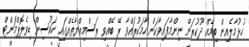
ހުޅުމާލެއިން ބިމެއް ދޫކުރަން ނިންމާފައިވާކަން ހާމަކުރައްވާ ރޭ ބޭއްވި ރަސްމިއްޔާތެއްގައި ހައުސިން ޑިވެލޮޕްމަންޓް